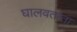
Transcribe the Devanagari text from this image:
घालवताता